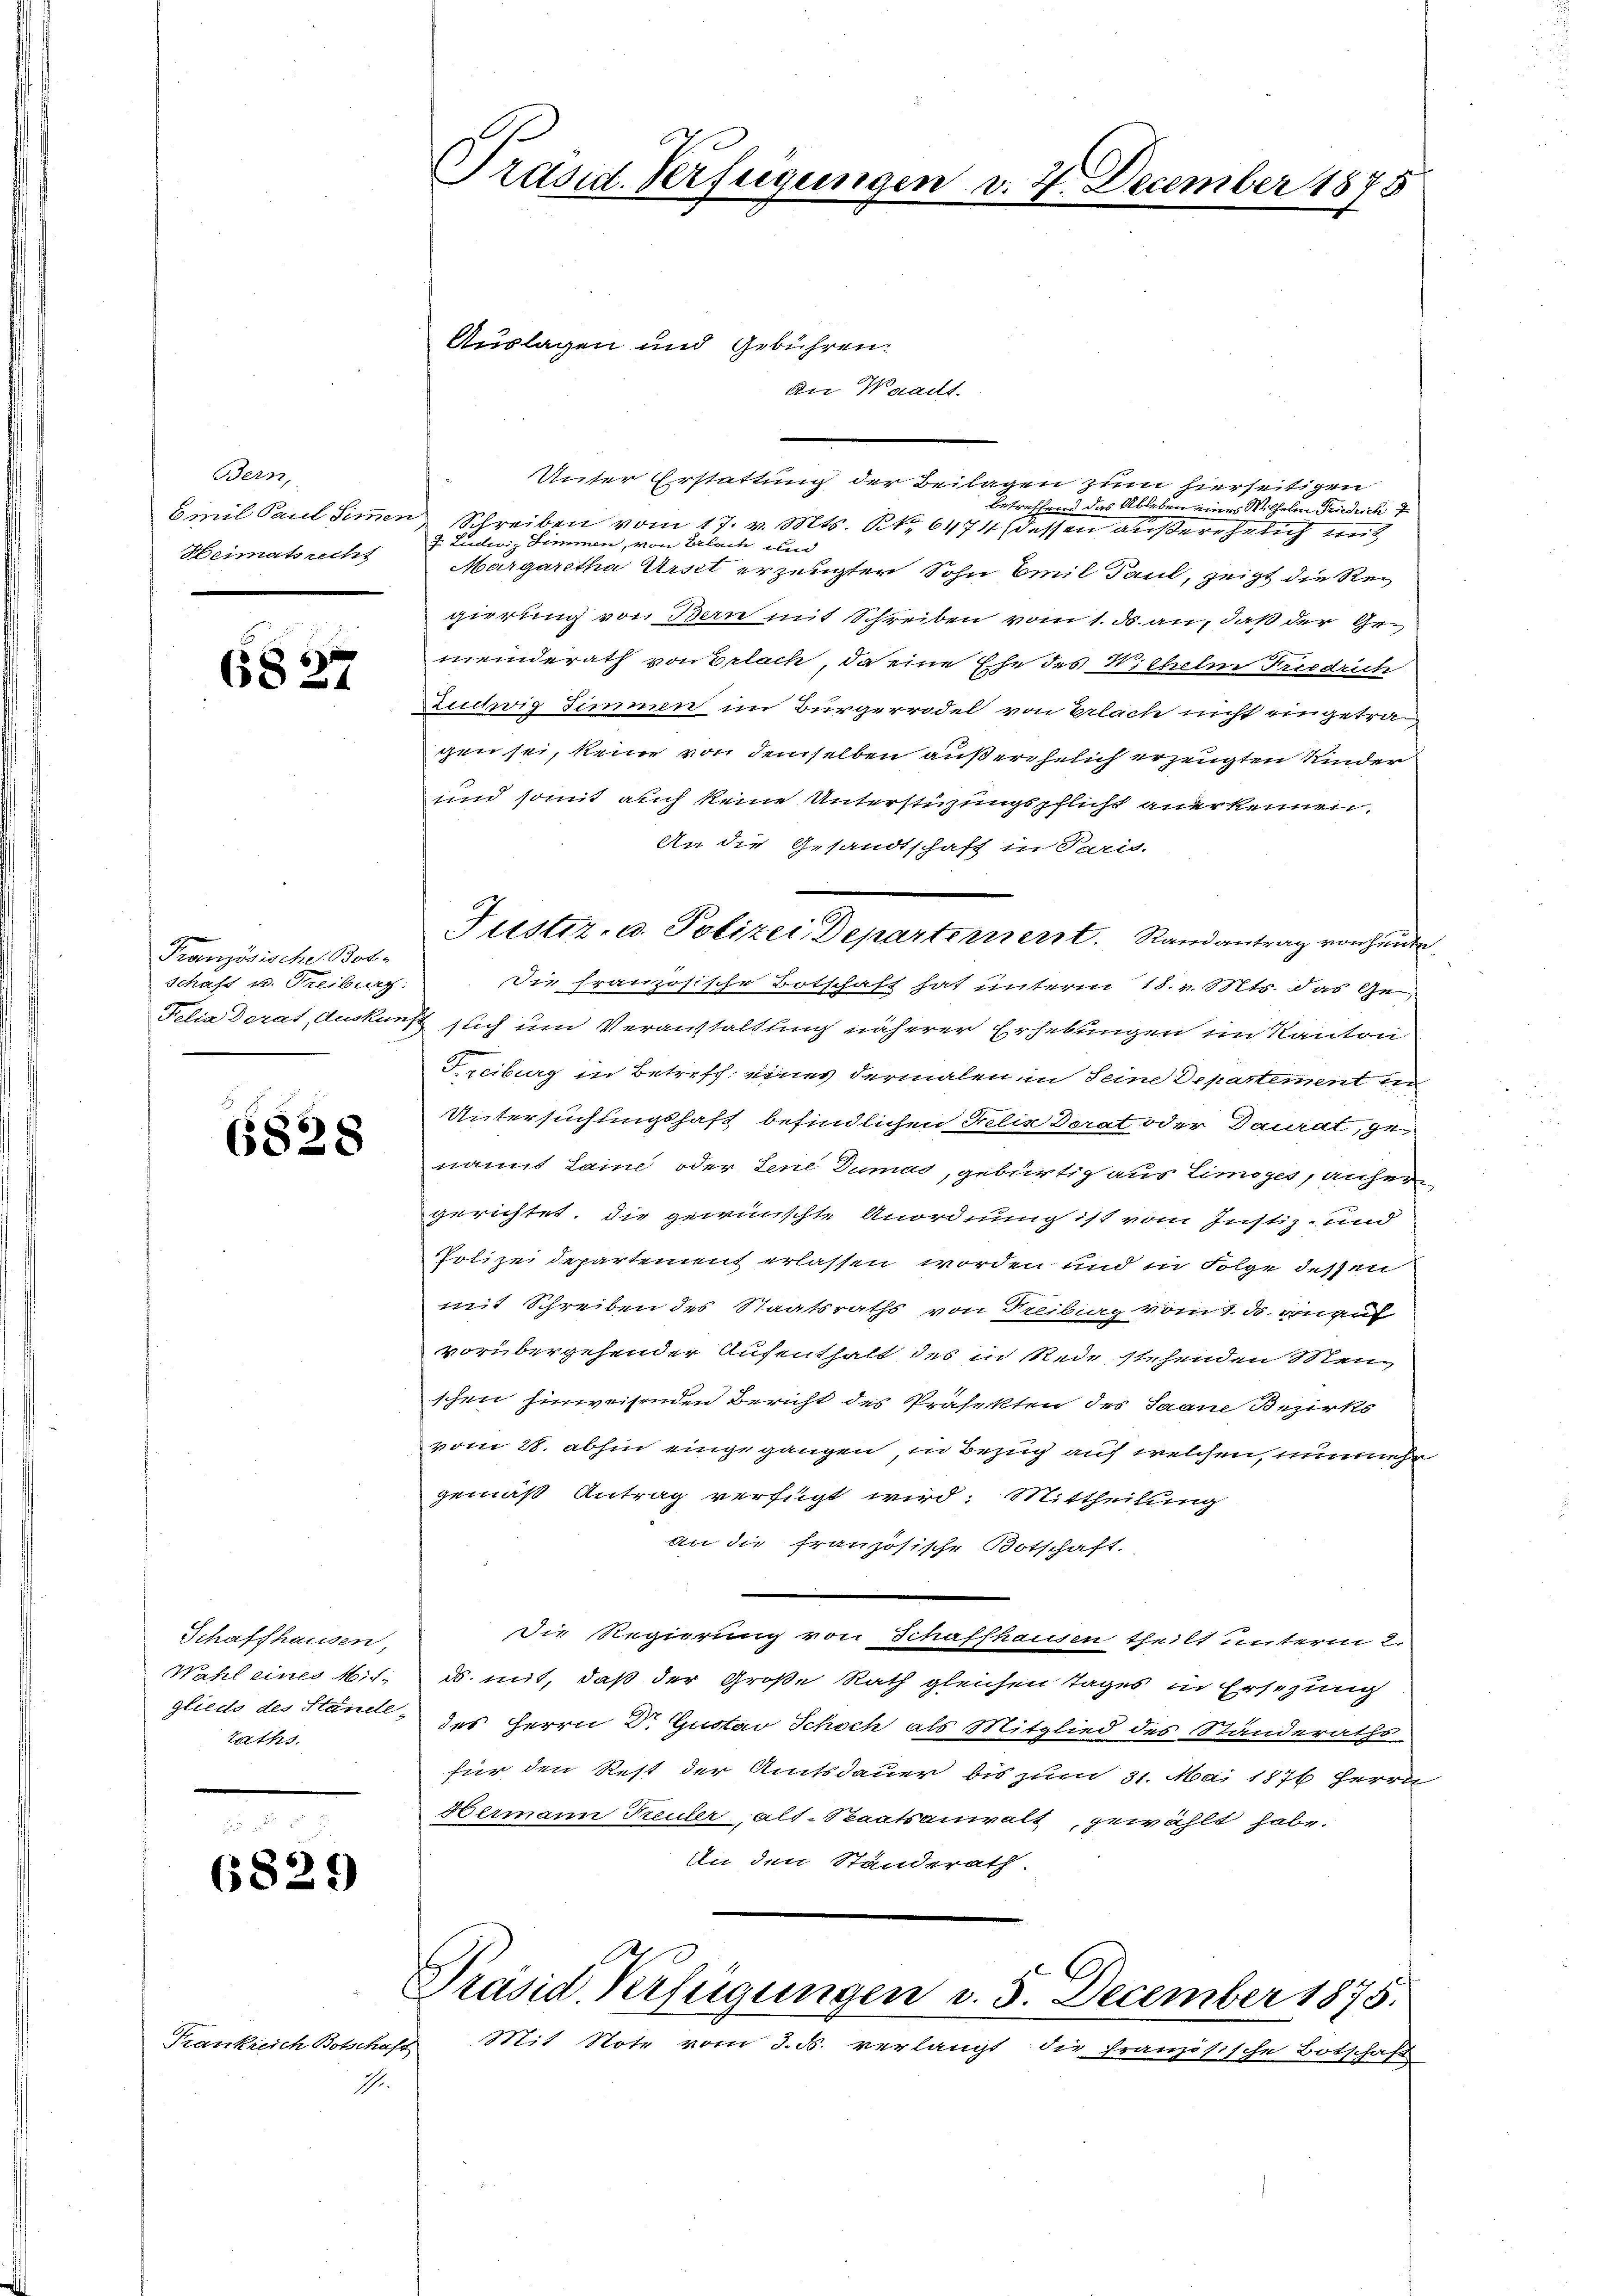
Bern,
Heimatsrecht

6827

Französische Bot
Schäft u. Treiburg

6828

Schaffhausen,
Wahl eines Mitglieds des Stände
Raths.

6829

Frankreich Botschaft
Ihr.

Präsid. Verfügungen

Auslagen und Gebühren.

an Waadt.
Unter Erstattung der Beilagen zum hierseitigen
betreffend das Ableben eines Wilhelm Friedrich 7
Emil Paul Simmen, Schreiben vom 17. v. Mts. S. 6474 (dessen außerehelich mit
J. Ludwig Simmen, von Erlach und
Margaretha Urst erzeugter Sohn Emil Paul, zeigt die Regierung von Bern mit Schreiben vom 1. d. an, daß der Gemeinderath von Erlach, da eine Ehe des Wilhelm Friedrich
Zuchig Simmen im Bürgerrodel von Erlach nicht eingetragen sei, keine von demselben außerehelich erzeugten Kinder
und somit auch keine Unterstüzungspflicht anerkennen.
An die Gesandtschaft in Paris
Die französische Botschaft hat unterm 18. v. Mts. das Ge¬
Felia Dorat, Auskunft sich um Veranstaltung näherer Erhebungen im Kanton
Freiburg in Betreff eines dermalen in Seine Departement in
Untersuchtingshaft befindlichen Felix Dorat oder Daurdt, genamt Laine oder Jene Dumas, gebürtig aus Limises, anher
gerichtet, die gewünschte Anordnung ist vom Justiz- und
Polizeidepartement erlassen worden und in Folge dessen
mit Schreiben des Staatsraths von Freiberg vom 1. ds. anruf
vorübergehender Aufenthalt des in Rede stehenden Meng
schen hinweisenden Bericht des Präfekten des Saane Bezirks
vom 28. abhin eingegangen, in Bezug auf welchen, unnmehr
gemäß Antrag verfügt wird: Mittheilung
An die französische Botschaft.
Die Regierung von Schaffhausen theilt unterm 2.
ds. mit, daß der Große Rath gleichen Tages in Ersezung
des Herrn Dr Gustav Schoch als Mitglied des Standeraths
für den Rest der Amtsdauer bis zum 31. Mai 1871 Herrn
Hermann Treuler alt-Staatsanwalt, gewählt habe.
In den Standerath.
Präsid. Verfügungen d. 5. December 1875.
Mit Note vom 3. ds. verlangt die französische Botschaft

Tuster- u. Polizei, Departernen Randantrag von heute

d. 4. December 1875